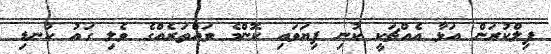
ފިލްކުރަން އަޅާ އެއްޗަކީ ކުނި ފިޔަވައި ކޮންމެ ވައްތަރެއްގެ ވެލި ގައު ކުނޑި